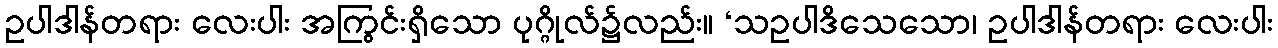
ဥပါဒါန်တရား လေးပါး အကြွင်းရှိသော ပုဂ္ဂိုလ်၌လည်း။ ‘သဥပါဒိသေသော၊ ဥပါဒါန်တရား လေးပါး